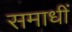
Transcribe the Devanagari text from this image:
समाधीं